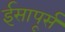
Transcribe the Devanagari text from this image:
ईसापूर्स